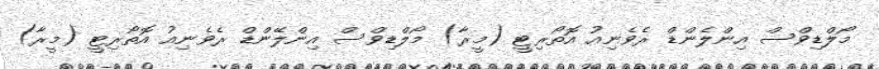
މޯލްޑިވްސް އިންލެންޑް ރެވެނިއު އޮތޯރިޓީ (މީރާ) މޯލްޑިވްސް އިންލޭންޑް ރެވެނިއު އޮތޯރިޓީ (މީރާ)